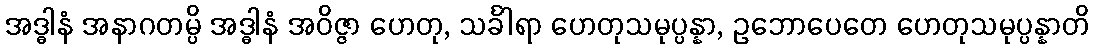
အဒ္ဓါနံ အနာဂတမ္ပိ အဒ္ဓါနံ အဝိဇ္ဇာ ဟေတု, သင်္ခါရာ ဟေတုသမုပ္ပန္နာ, ဥဘောပေတေ ဟေတုသမုပ္ပန္နာတိ